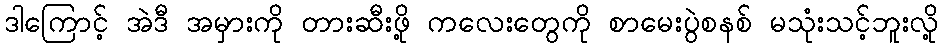
ဒါကြောင့် အဲဒီ အမှားကို တားဆီးဖို့ ကလေးတွေကို စာမေးပွဲစနစ် မသုံးသင့်ဘူးလို့